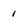
Character: 1